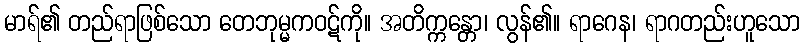
မာရ်၏ တည်ရာဖြစ်သော တေဘုမ္မကဝဋ်ကို။ အတိက္ကန္တော၊ လွန်၏။ ရာဂေန၊ ရာဂတည်းဟူသော